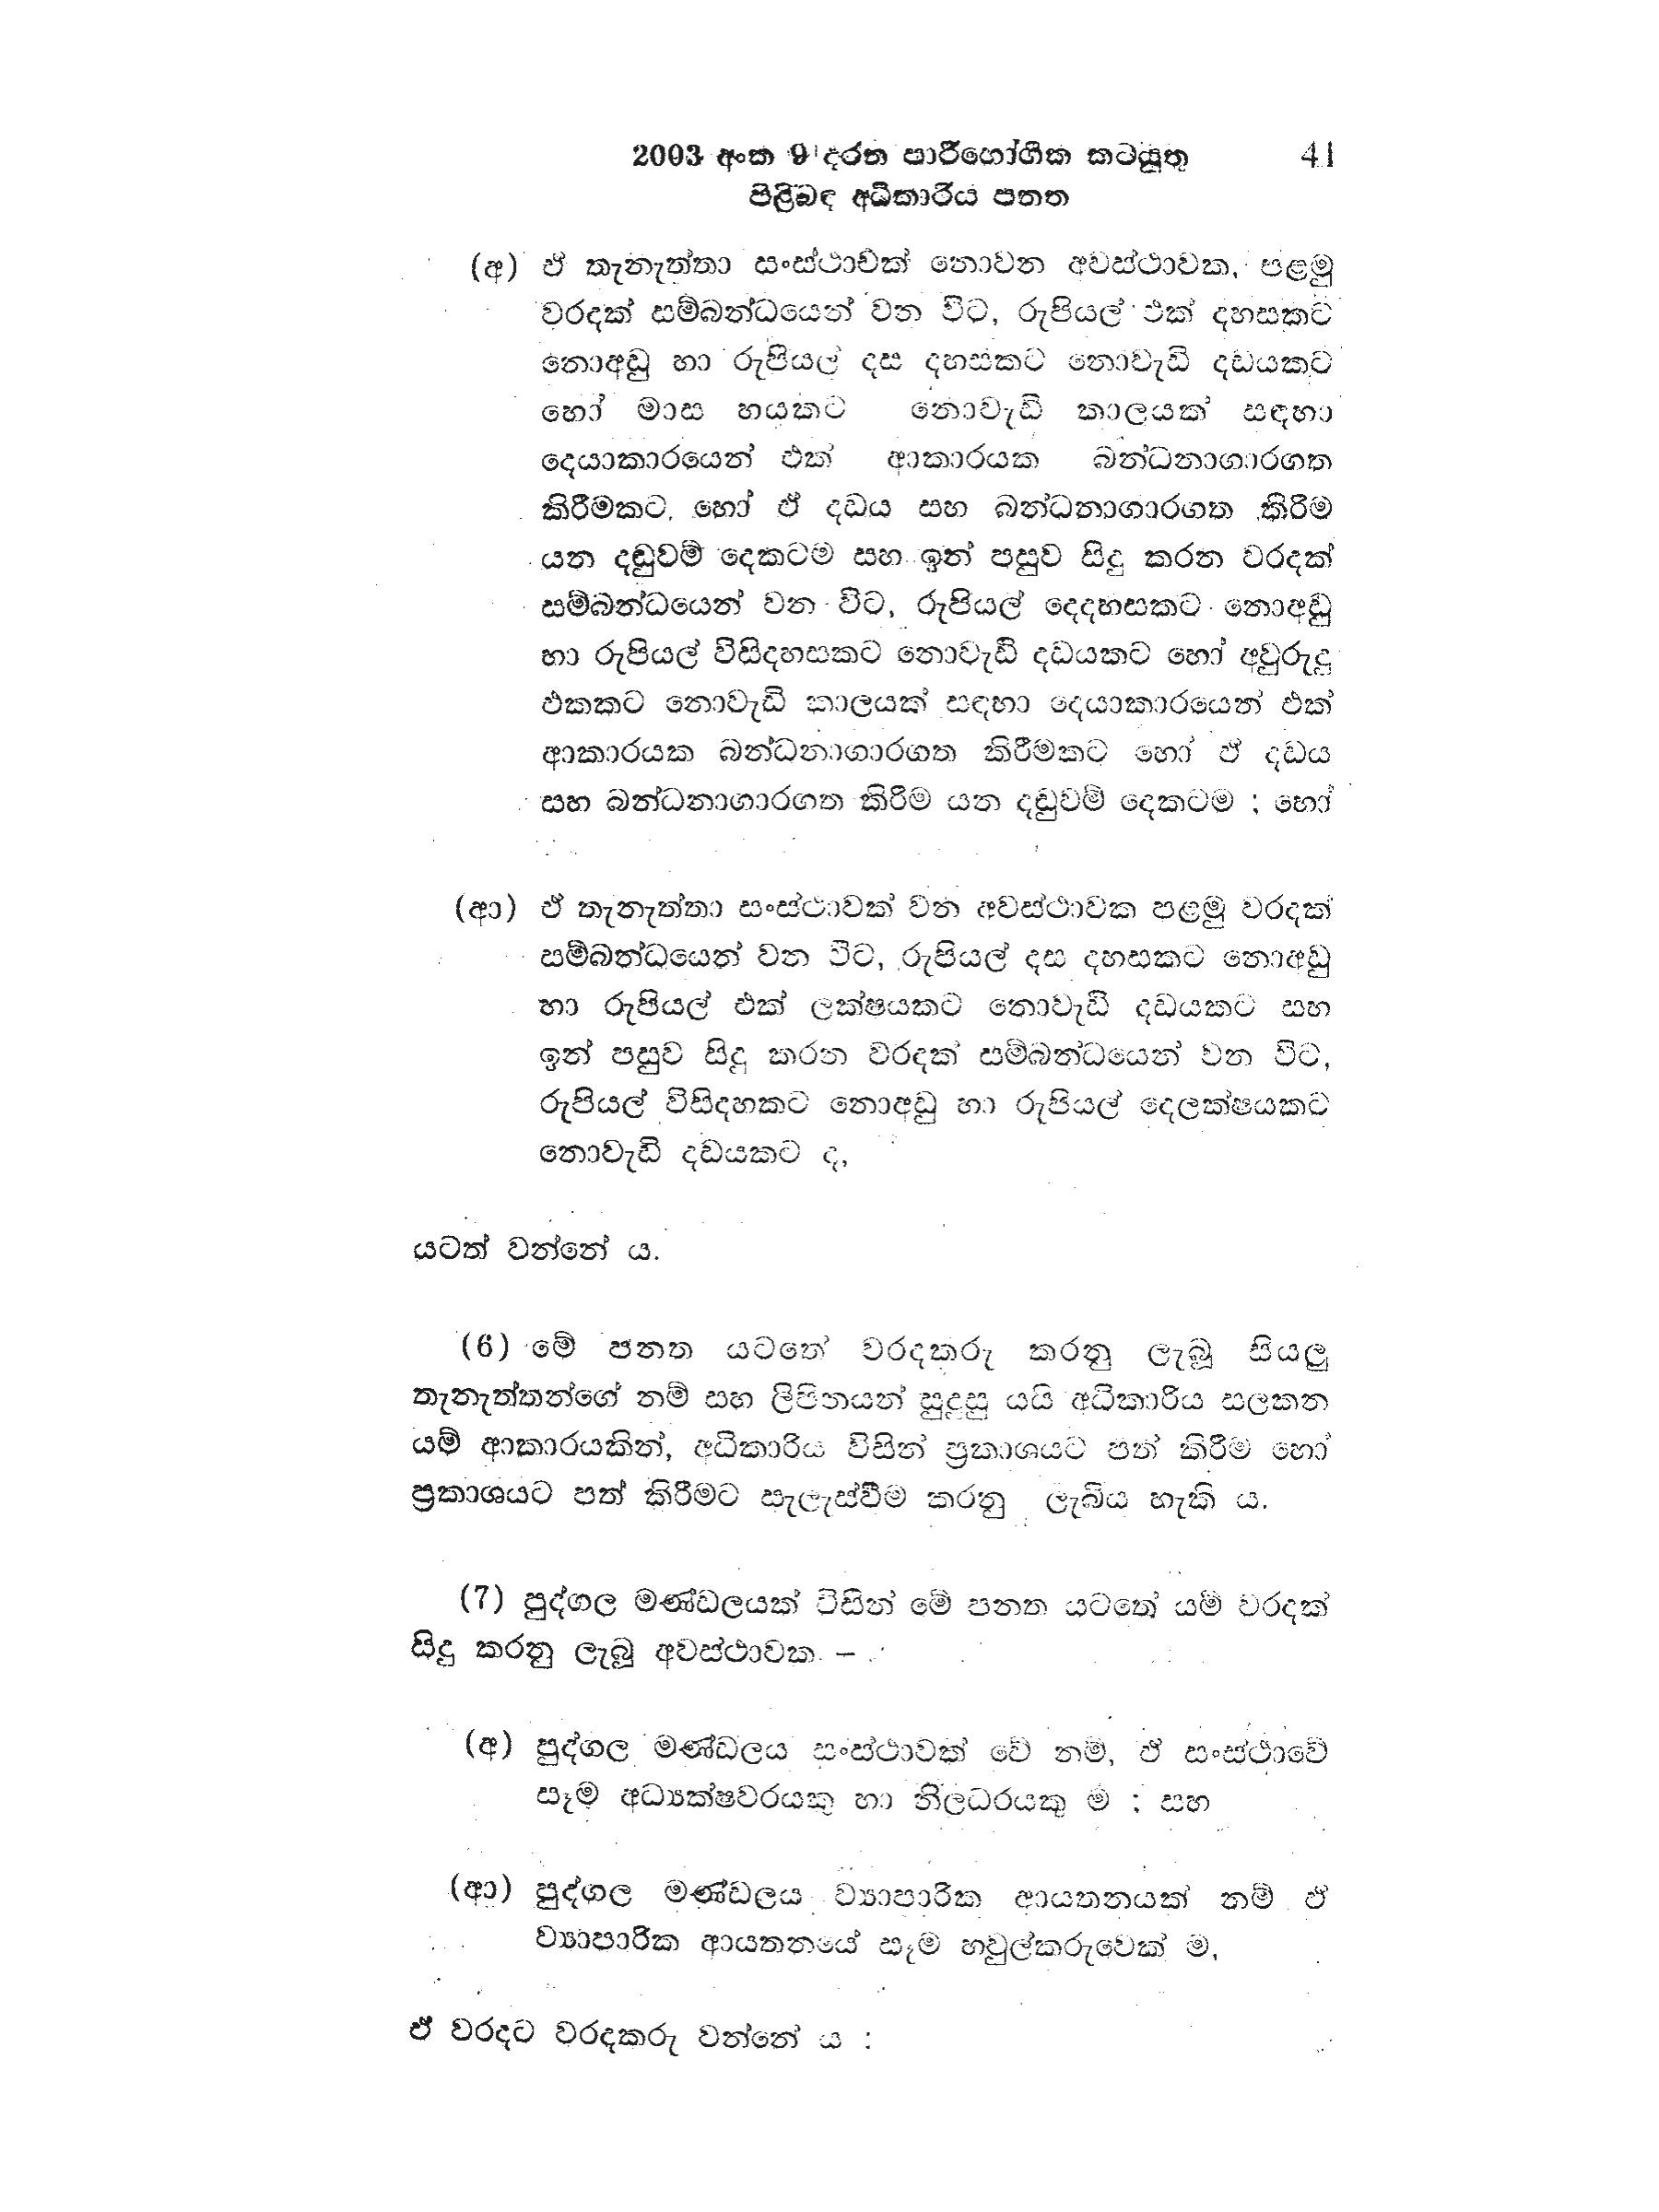
2003 අංක 9 දරන පාරිභෝගික කටයුතු 41
පිළිබඳ අධිකාරිය පනත

(අ) ඒ තැනැත්තා සංස්ථාවක් නොවන අවස්ථාවක, පළමු
වරදක් සම්බන්ධයෙන් වන විට, රුපියල් එක් දහසකට
නොඅඩු හා රුපියල් දස දහසකට නොවැඩි දඩයකට
හෝ මාස හයකට නොවැඩි කාලයක් සඳහා
දෙයාකාරයෙන් එක් ආකාරයක බන්ධනාගාරගත
කිරීමකට හෝ ඒ දඩය සහ බන්ධනාගාරගත කිරීම
යන දඬුවම් දෙකටම සහ ඉන් පසුව සිදු කරන වරදක්
සම්බන්ධයෙන් වන විට, රුපියල් දෙදහසකට නොඅඩු
හා රුපියල් විසිදහසකට නොවැඩි දඩයකට හෝ අවුරුදු
ඵකකට නොවැඩි කාලයක් සඳහා දෙයාකාරයෙන් එක්
ආකාරයක බන්ධනාගාරගත කිරීමකට හෝ ඒ දඩය
සහ බන්ධනාගාරගත කිරීම යන දඬුවම් දෙකටම ; හෝ

(ආ) ඒ තැනැත්තා සංස්ථාවක් වන අවස්ථාවක පළමු වරදක්
සම්බන්ධයෙන් වන විට, රුපියල් දස දහසකට නොඅඩු
හා රුපියල් එක් ලක්ෂයකට නොවැඩි දඩයකට සහ
ඉන් පසුව සිදු කරන වරදක් සම්බන්ධයෙන් වන විට,
රුපියල් විසිදහකට නොඅඩු හා රුපියල් දෙලක්ෂයකට
නොවැඩි දඩයකට ද,

යටත් වන්නේ ය.

(6) මේ පනත යටතේ වරදකරු කරනු ලැබූ සියලු
තැනැත්තන්ගේ නම් සහ ලිපිතයන් සුදුසු යයි අධිකාරිය සලකන
යම් ආකාරයකින්, අධිකාරිය විසින් ප්‍රකාශයට පත් කිරීම හෝ
ප්‍රකාශයට පත් කිරීමට සැලැස්වීම් කරනු ලැබිය හැකි ය.

(7) පුද්ගල මණ්ඩලයක් විසින් මේ පනත යටතේ යම් වරදක්
සිදු කරනු ලැබූ අවස්ථාවක-

(අ) පුද්ගල මණ්ඩලය සංස්ථාවක් වේ නම්, ඒ සංස්ථාවේ
සෑම අධ්‍යක්ෂවරයකු හා නිලධරයකු ම ; සහ

(ආ) පුද්ගල මණ්ඩලය ව්‍යාපාරික ආයතනයක් නම් ඒ
ව්‍යාපාරික ආයතනයේ සෑම හවුල්කරුවෙක් ම,

ඒ වරදට වරදකරු වන්නේ ය :